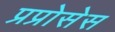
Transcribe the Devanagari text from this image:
प्रप्रोसेस